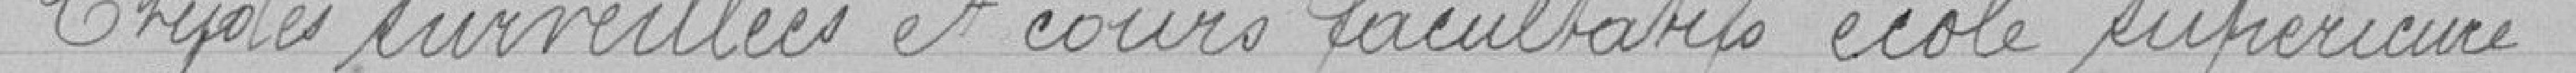
Etudes surveillées et cours facultatifs école supérieure